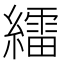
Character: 𦆙